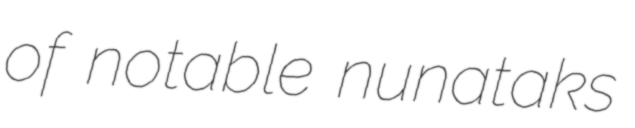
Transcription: of notable nunataks